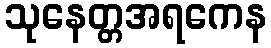
သုနေတ္တအရကေန